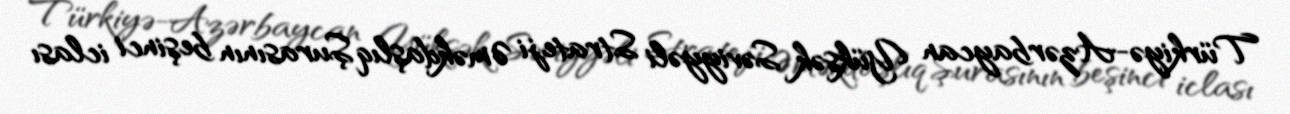
Türkiyə-Azərbaycan Yüksək Səviyyəli Strateji Əməkdaşlıq Şurasının beşinci iclası